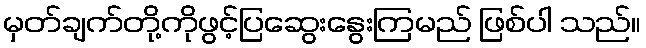
မှတ်ချက်တို့ကိုဖွင့်ပြဆွေးနွေးကြမည် ဖြစ်ပါ သည်။